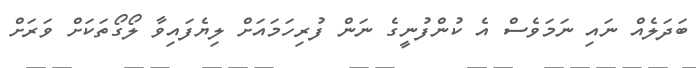
ބަދަލެއް ނައި ނަމަވެސް އެ ކުންފުނީގެ ނަން ފުރިހަމައަށް ލިޔެފައިވާ ލޯގޯތަކަށް ވަރަށް